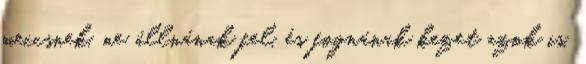
meccsnek, ne állnának fel, és fognának kezet azok is,